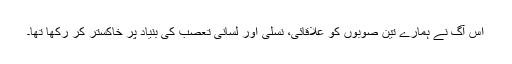
اس آگ نے ہمارے تین صوبوں کو علاقائی، نسلی اور لسانی تعصب کی بنیاد پر خاکستر کر رکھا تھا۔